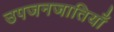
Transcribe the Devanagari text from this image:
उपजनजातियाँ